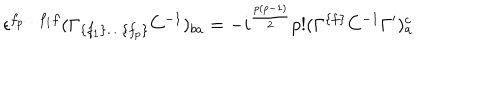
\epsilon ^ { f _ { p } \ldots f _ { 1 } f } ( \Gamma _ { \{ f _ { 1 } \} \ldots \{ f _ { p } \} } C ^ { - { 1 } } ) _ { { b a } } = - i ^ { { { \frac { p ( p - 1 ) } { 2 } } } } p ! ( \Gamma ^ { \{ f \} } C ^ { - { 1 } } \Gamma ^ { \prime } ) _ { a } ^ { c }